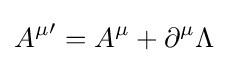
{A^{\mu }}'=A^{\mu }+\partial ^{\mu }\Lambda